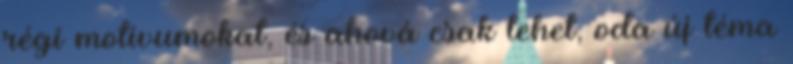
régi motívumokat, és ahová csak lehet, oda új téma